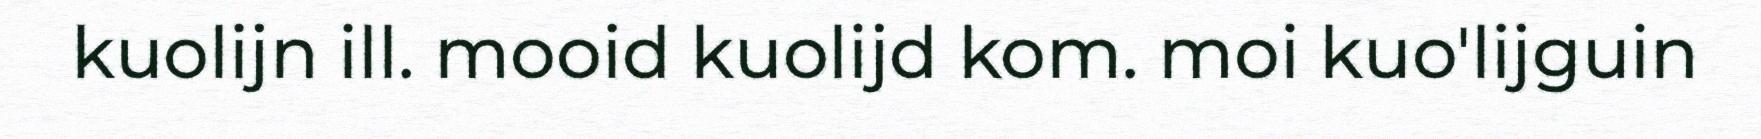
kuolijn ill. mooid kuolijd kom. moi kuo'lijguin